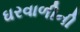
ઘરવાળીની